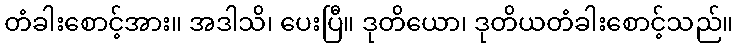
တံခါးစောင့်အား။ အဒါသိ၊ ပေးပြီ။ ဒုတိယော၊ ဒုတိယတံခါးစောင့်သည်။